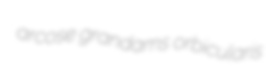
arcose grandams orbicularis